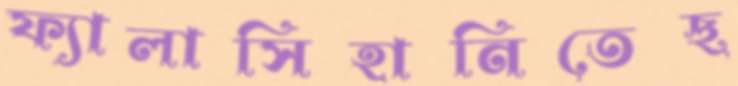
ফ্যালাসিহানিতেছ